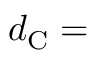
d _ { \mathrm { C } } =